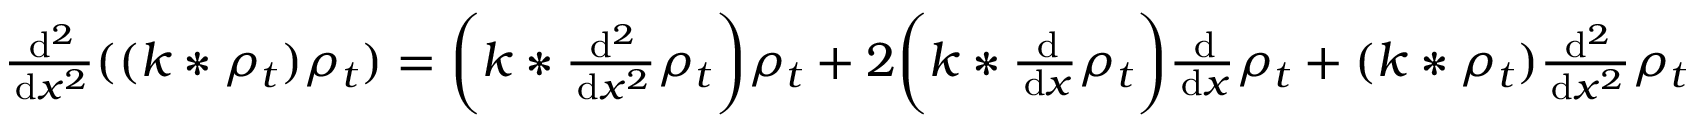
\begin{array} { r } { \frac { \, \mathrm { d } ^ { 2 } } { \, \mathrm { d } x ^ { 2 } } ( ( k * \rho _ { t } ) \rho _ { t } ) = \bigg ( k * \frac { \, \mathrm { d } ^ { 2 } } { \, \mathrm { d } x ^ { 2 } } \rho _ { t } \bigg ) \rho _ { t } + 2 \bigg ( k * \frac { \, \mathrm { d } } { \, \mathrm { d } x } \rho _ { t } \bigg ) \frac { \, \mathrm { d } } { \, \mathrm { d } x } \rho _ { t } + ( k * \rho _ { t } ) \frac { \, \mathrm { d } ^ { 2 } } { \, \mathrm { d } x ^ { 2 } } \rho _ { t } } \end{array}